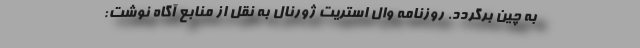
به چین برگردد. روزنامه وال استریت ژورنال به نقل از منابع آگاه نوشت: